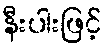
နီးပါးဖြင့်